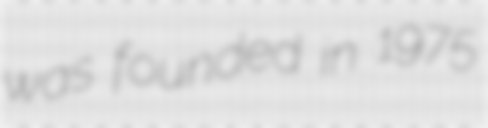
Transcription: was founded in 1975